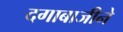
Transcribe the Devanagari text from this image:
दगाबाजीने